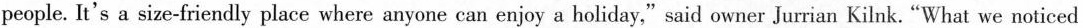
people. It's a size-friendly place where anyone can enjoy a holiday,"said owner Jurrian Kilnk. "What we noticed